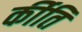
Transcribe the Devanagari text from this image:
र्कीति